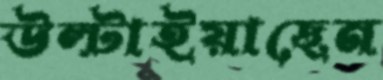
উল্‌টাইয়াছেন